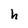
Character: h